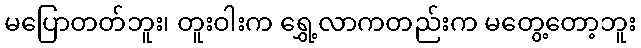
မပြောတတ်ဘူး၊ တူးဝါးက ရွှေ့လာကတည်းက မတွေ့တော့ဘူး